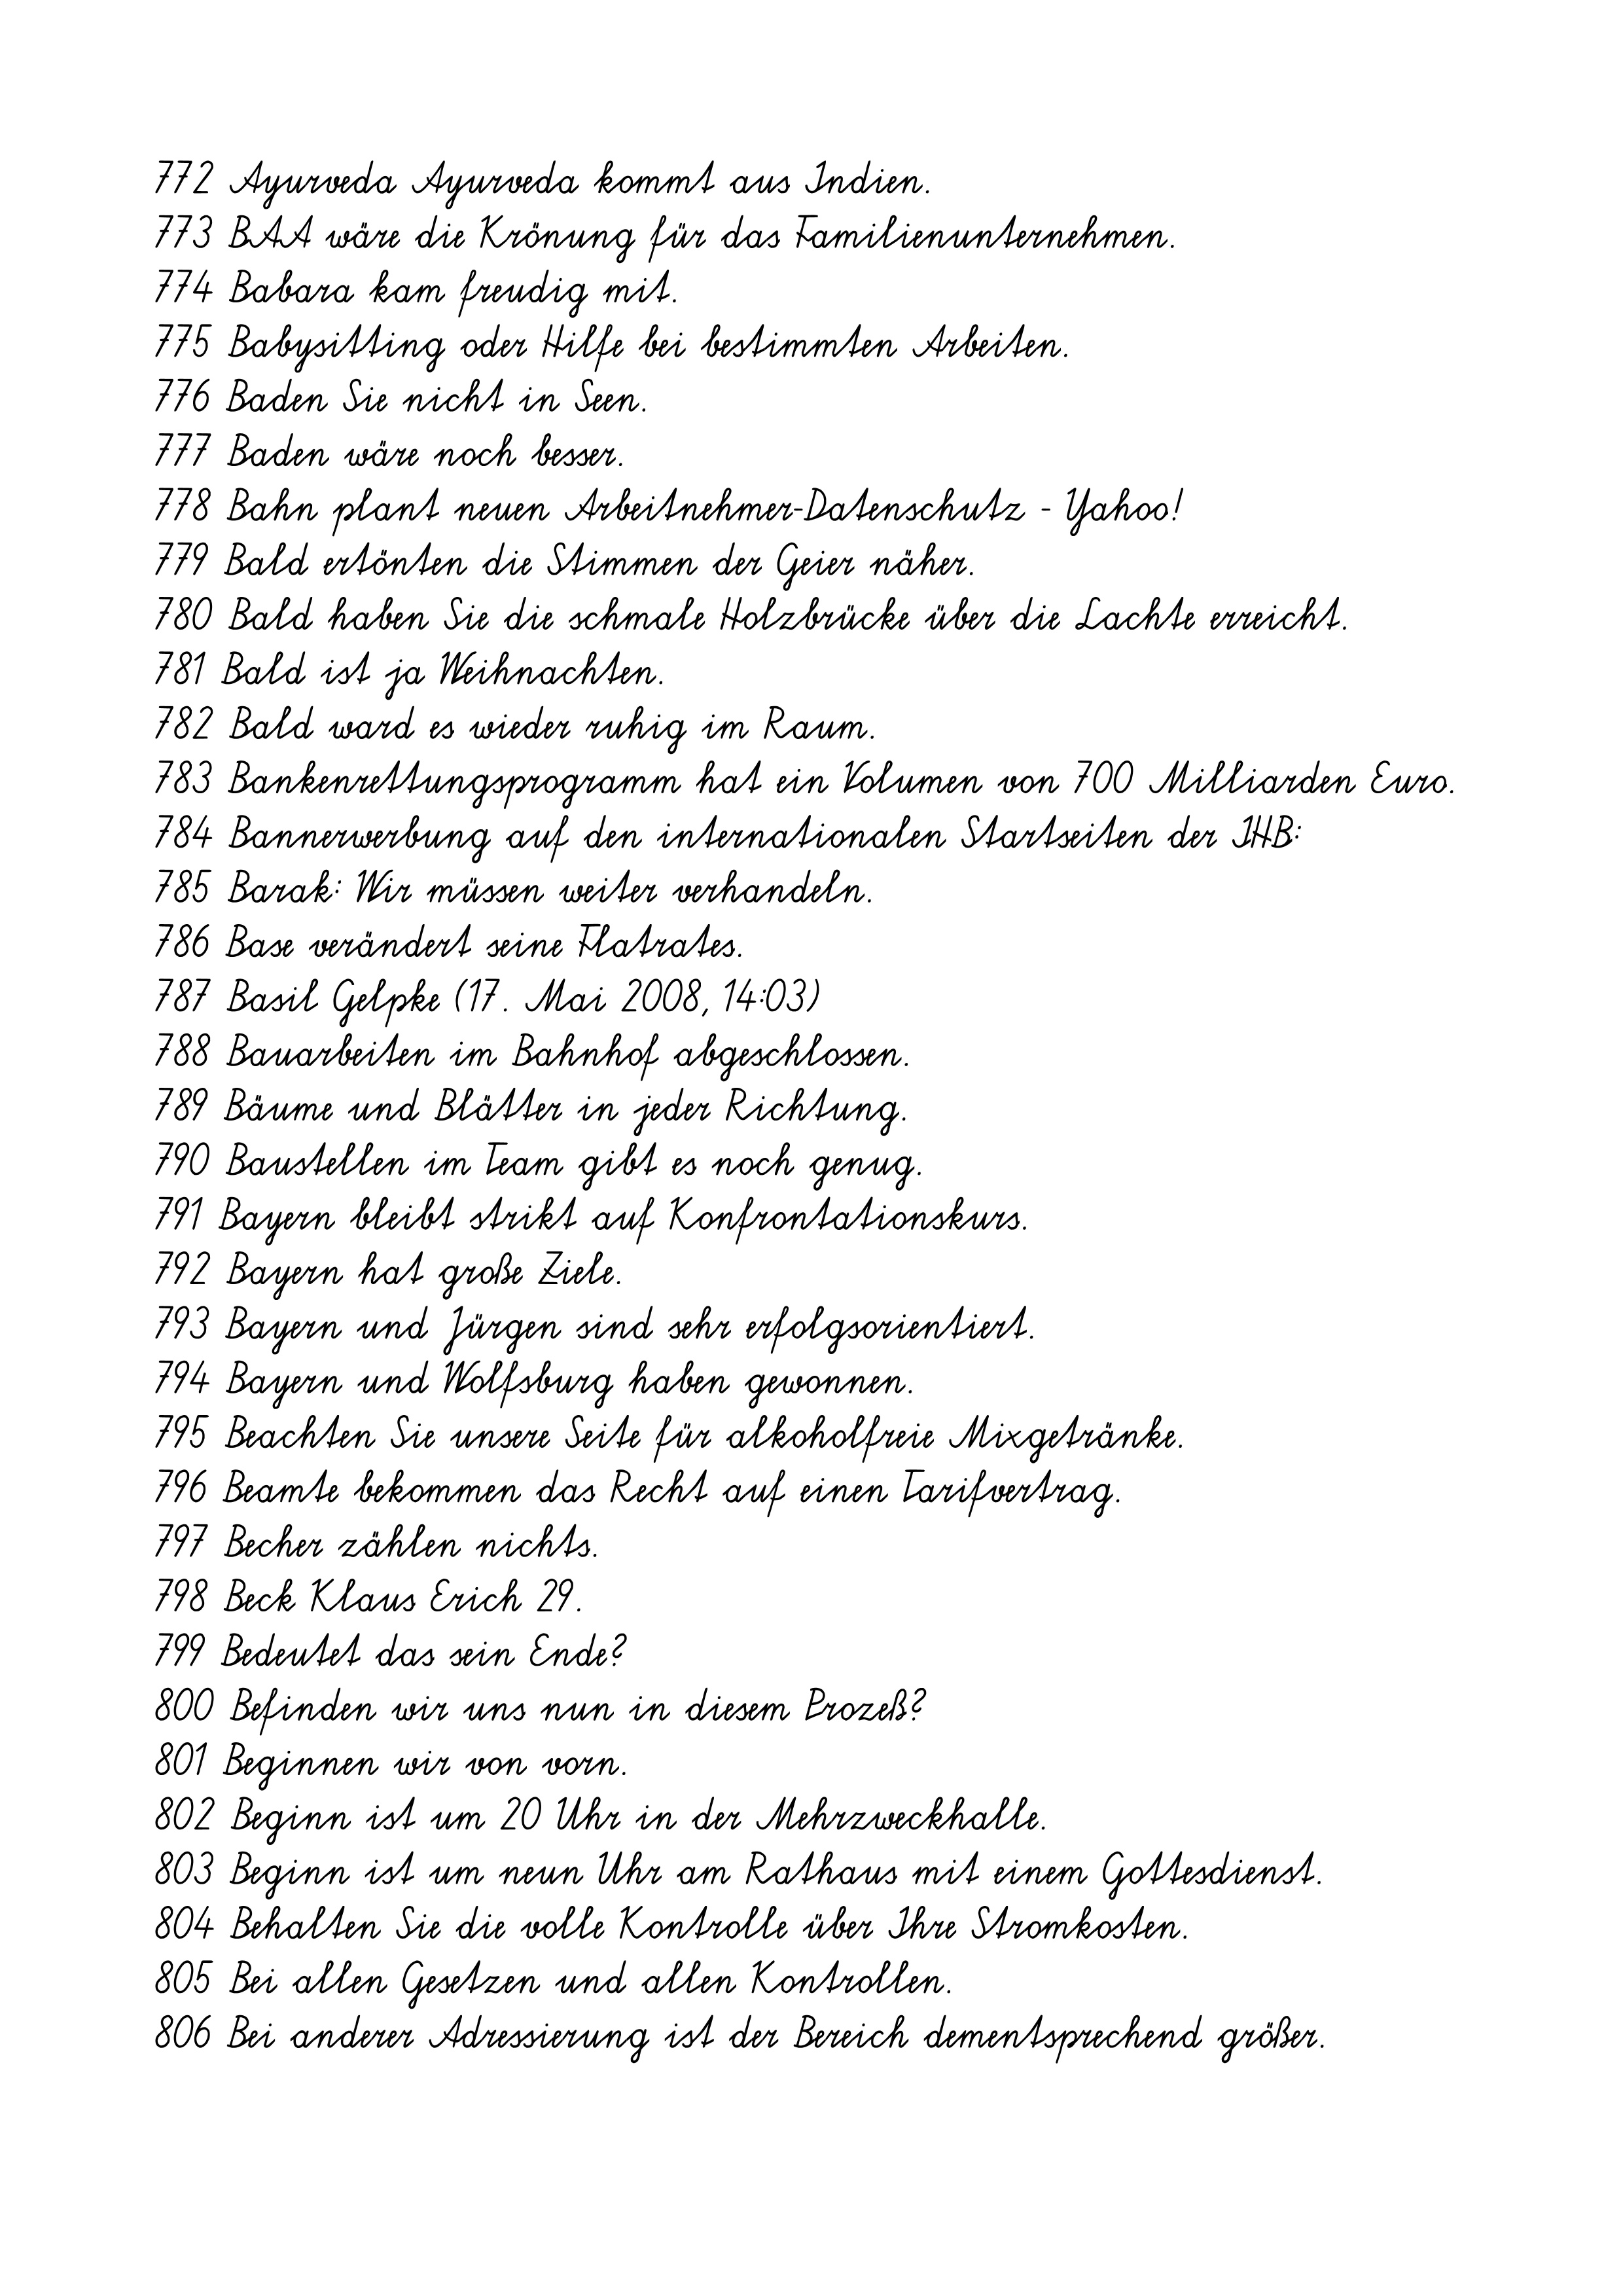
772 Ayurveda Ayurveda kommt aus Indien.
773 BAA wäre die Krönung für das Familienunternehmen.
774 Babara kam freudig mit.
775 Babysitting oder Hilfe bei bestimmten Arbeiten.
776 Baden Sie nicht in Seen.
777 Baden wäre noch besser.
778 Bahn plant neuen Arbeitnehmer-Datenschutz - Yahoo!
779 Bald ertönten die Stimmen der Geier näher.
780 Bald haben Sie die schmale Holzbrücke über die Lachte erreicht.
781 Bald ist ja Weihnachten.
782 Bald ward es wieder ruhig im Raum.
783 Bankenrettungsprogramm hat ein Volumen von 700 Milliarden Euro.
784 Bannerwerbung auf den internationalen Startseiten der IHB:
785 Barak: Wir müssen weiter verhandeln.
786 Base verändert seine Flatrates.
787 Basil Gelpke (17. Mai 2008, 14:03)
788 Bauarbeiten im Bahnhof abgeschlossen.
789 Bäume und Blätter in jeder Richtung.
790 Baustellen im Team gibt es noch genug.
791 Bayern bleibt strikt auf Konfrontationskurs.
792 Bayern hat große Ziele.
793 Bayern und Jürgen sind sehr erfolgsorientiert.
794 Bayern und Wolfsburg haben gewonnen.
795 Beachten Sie unsere Seite für alkoholfreie Mixgetränke.
796 Beamte bekommen das Recht auf einen Tarifvertrag.
797 Becher zählen nichts.
798 Beck Klaus Erich 29.
799 Bedeutet das sein Ende?
800 Befinden wir uns nun in diesem Prozeß?
801 Beginnen wir von vorn.
802 Beginn ist um 20 Uhr in der Mehrzweckhalle.
803 Beginn ist um neun Uhr am Rathaus mit einem Gottesdienst.
804 Behalten Sie die volle Kontrolle über Ihre Stromkosten.
805 Bei allen Gesetzen und allen Kontrollen.
806 Bei anderer Adressierung ist der Bereich dementsprechend größer.